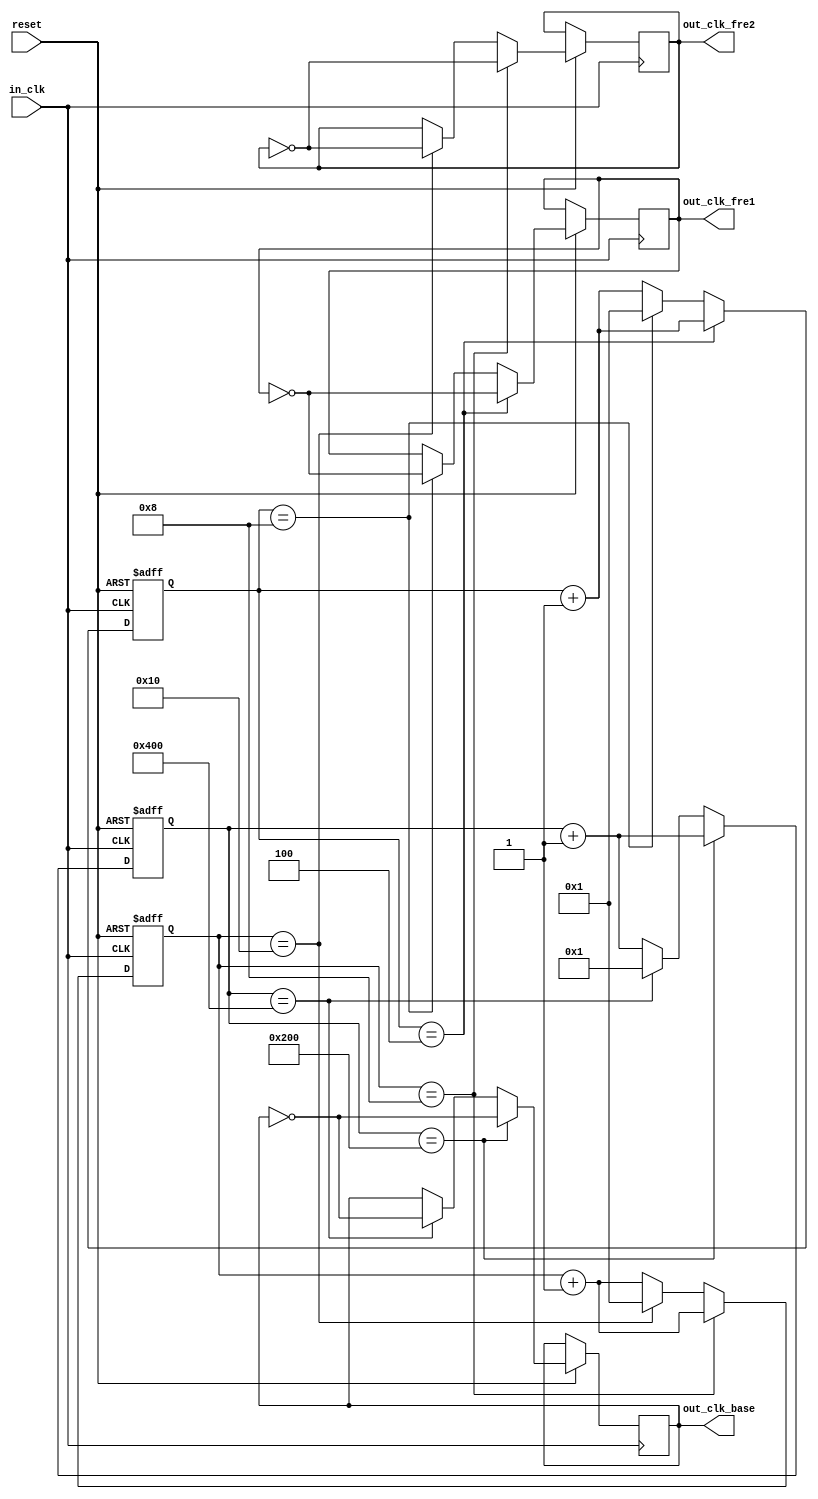
module fenpin(reset,in_clk,out_clk_fre1,out_clk_fre2,out_clk_base);
	input in_clk;
	input reset;
	output reg out_clk_fre1, out_clk_fre2, out_clk_base;
	reg [4:0]count_1;
	reg [4:0]count_2;
	reg [10:0]count_3;
	initial begin
		out_clk_fre1 <= 0;
		out_clk_fre2 <= 0;
		out_clk_base <= 0;
		count_1 <= 0;
		count_2 <= 0;
		count_3 <= 0;
	end
	always @(posedge in_clk or negedge reset) begin
	    if(~reset) begin
		    count_1 <= 0;
		end
		else begin
		if(count_1 == 5'b00100) begin
			out_clk_fre1 <= ~out_clk_fre1;
			count_1 <= count_1 + 1;
		end
		else if(count_1 == 5'b01000) begin
			out_clk_fre1 <= ~out_clk_fre1;
			count_1 <= 1;
		end
		else begin
			count_1 <= count_1 + 1;
		end
		end
	end
	always @(posedge in_clk or negedge reset) begin
	    if(~reset) begin
		    count_2 <= 0;
		end
		else begin
		if(count_2 == 5'b01000) begin
			out_clk_fre2 <= ~out_clk_fre2;
			count_2 <= count_2 + 1;
		end
		else if(count_2 == 5'b10000) begin
			out_clk_fre2 <= ~out_clk_fre2;
			count_2 <= 1;
		end
		else begin
			count_2 <= count_2 + 1;
		end
		end
	end
	always @(posedge in_clk or negedge reset) begin
		if(~reset) begin
			count_3 <= 0;
		end
		else begin
		if(count_3 == 11'b01000000000) begin
			out_clk_base <= ~out_clk_base;
			count_3 <= count_3 + 1;
		end
		else if(count_3 == 11'b10000000000) begin
			out_clk_base <= ~out_clk_base;
			count_3 <= 1;
		end
		else begin
			count_3 <= count_3 + 1;
		end
	end
	end
endmodule

module fenpin_2(reset,in_clk,out_clk);
	input in_clk;
	input reset;
	output reg out_clk;
	initial begin
		out_clk <= 0;
	end

	always @(posedge in_clk) begin
		out_clk <= ~out_clk;
	end
endmodule